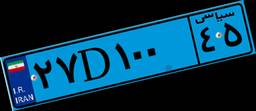
۸۶D۱۸۶۸۴